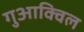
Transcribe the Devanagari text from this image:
गुआक्विल